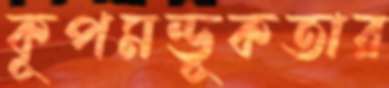
কূপমন্ডূকতার